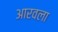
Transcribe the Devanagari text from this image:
आरवला